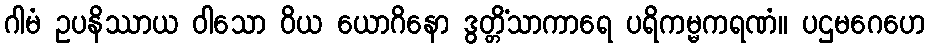
ဂါမံ ဥပနိဿာယ ဝါသော ဝိယ ယောဂိနော ဒွတ္တိံသာကာရေ ပရိကမ္မကရဏံ။ ပဌမဂေဟေ